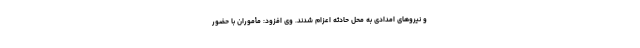
و نیروهای امدادی به محل حادثه اعزام شدند. وی افزود: مأموران با حضور